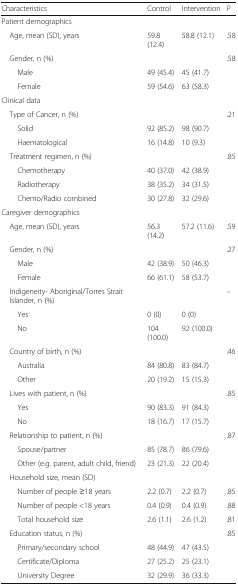
<table><thead><tr><td><b>Characteristics</b></td><td><b>Control</b></td><td><b>Intervention</b></td><td><b><i>P</i></b></td></tr></thead><tbody><tr><td colspan="4">Patient demographics</td></tr><tr><td> Age, mean (SD), years</td><td>59.8 (12.4)</td><td>58.8 (12.1)</td><td>.58</td></tr><tr><td> Gender, n (%)</td><td></td><td></td><td>.58</td></tr><tr><td>Male</td><td>49 (45.4)</td><td>45 (41.7)</td><td></td></tr><tr><td>Female</td><td>59 (54.6)</td><td>63 (58.3)</td><td></td></tr><tr><td colspan="4">Clinical data</td></tr><tr><td> Type of Cancer, n (%)</td><td></td><td></td><td>.21</td></tr><tr><td>Solid</td><td>92 (85.2)</td><td>98 (90.7)</td><td></td></tr><tr><td>Haematological</td><td>16 (14.8)</td><td>10 (9.3)</td><td></td></tr><tr><td> Treatment regimen, n (%)</td><td></td><td></td><td>.85</td></tr><tr><td>Chemotherapy</td><td>40 (37.0)</td><td>42 (38.9)</td><td></td></tr><tr><td>Radiotherapy</td><td>38 (35.2)</td><td>34 (31.5)</td><td></td></tr><tr><td>Chemo/Radio combined</td><td>30 (27.8)</td><td>32 (29.6)</td><td></td></tr><tr><td colspan="4">Caregiver demographics</td></tr><tr><td> Age, mean (SD), years</td><td>56.3 (14.2)</td><td>57.2 (11.6)</td><td>.59</td></tr><tr><td> Gender, n (%)</td><td></td><td></td><td>.27</td></tr><tr><td>Male</td><td>42 (38.9)</td><td>50 (46.3)</td><td></td></tr><tr><td>Female</td><td>66 (61.1)</td><td>58 (53.7)</td><td></td></tr><tr><td> Indigeneity- Aboriginal/Torres Strait Islander, n (%)</td><td></td><td></td><td>–</td></tr><tr><td>Yes</td><td>0 (0)</td><td>0 (0)</td><td></td></tr><tr><td>No</td><td>104 (100.0)</td><td>92 (100.0)</td><td></td></tr><tr><td> Country of birth, n (%)</td><td></td><td></td><td>.46</td></tr><tr><td>Australia</td><td>84 (80.8)</td><td>83 (84.7)</td><td></td></tr><tr><td>Other</td><td>20 (19.2)</td><td>15 (15.3)</td><td></td></tr><tr><td> Lives with patient, n (%)</td><td></td><td></td><td>.85</td></tr><tr><td>Yes</td><td>90 (83.3)</td><td>91 (84.3)</td><td></td></tr><tr><td>No</td><td>18 (16.7)</td><td>17 (15.7)</td><td></td></tr><tr><td> Relationship to patient, n (%)</td><td></td><td></td><td>.87</td></tr><tr><td>Spouse/partner</td><td>85 (78.7)</td><td>86 (79.6)</td><td></td></tr><tr><td>Other (e.g. parent, adult child, friend)</td><td>23 (21.3)</td><td>22 (20.4)</td><td></td></tr><tr><td> Household size, mean (SD)</td><td></td><td></td><td></td></tr><tr><td>Number of people ≥18 years</td><td>2.2 (0.7)</td><td>2.2 (0.7)</td><td>.85</td></tr><tr><td>Number of people &lt;18 years</td><td>0.4 (0.9)</td><td>0.4 (0.9)</td><td>.88</td></tr><tr><td>Total household size</td><td>2.6 (1.1)</td><td>2.6 (1.2)</td><td>.81</td></tr><tr><td> Education status, n (%)</td><td></td><td></td><td>.85</td></tr><tr><td>Primary/secondary school</td><td>48 (44.9)</td><td>47 (43.5)</td><td></td></tr><tr><td>Certificate/Diploma</td><td>27 (25.2)</td><td>25 (23.1)</td><td></td></tr><tr><td>University Degree</td><td>32 (29.9)</td><td>36 (33.3)</td><td></td></tr></tbody></table>